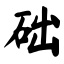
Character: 础